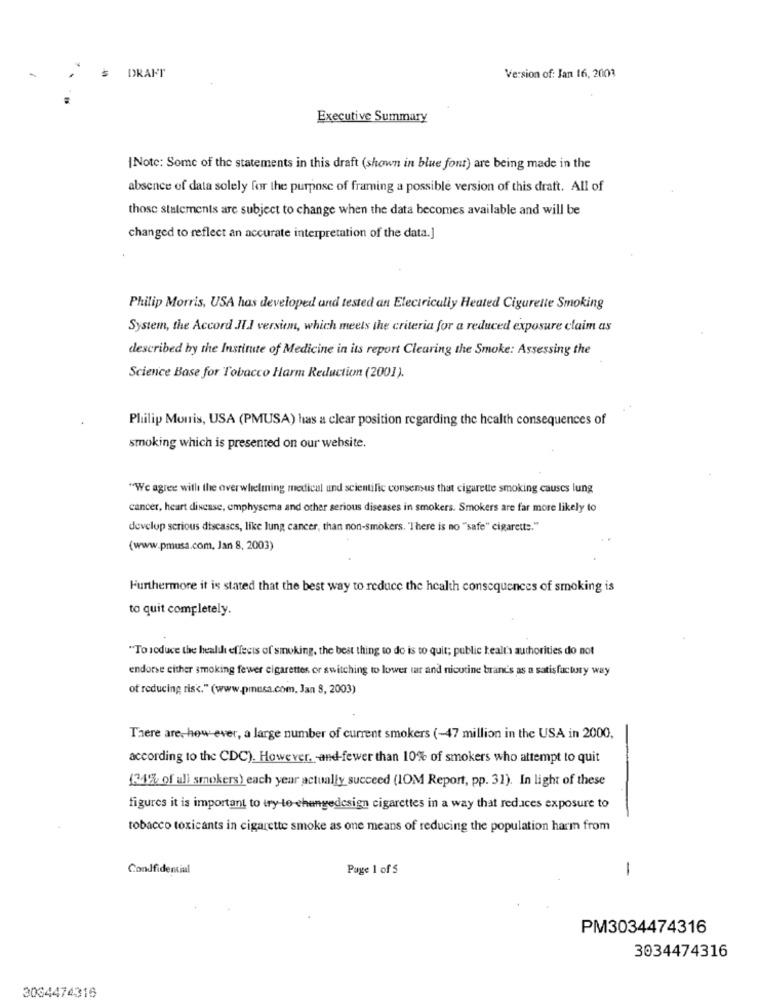
DRAFT
Version of: Jan 16, 2001
Executive Summary
|Note: Some of the statements in this draft (shown in blue four) are being made in the
absence of data solely for the purpose of framing a possible version of this draft. All of
those statements are subject to change when the data becomes available and will be
changed to reflect an accurate interpretation of the data.]
Philip Morris, USA has developed and tested an Electrically Heated Cigarette Smoking
System, the Accord JU.I versiem, which meets the criteria for a reduced exposure claim as
described by the Institute of Medicine in its report Clearing the Smoke: Assessing the
Science Base for Tobacco Harm Reduction (2001).
Philip Morris, USA (PMUSA) has a clear position regarding the health consequences of
smoking which is presented on our website.
"We agree with the overwhelming medical und scientific consensus that cigarette smoking causes lung
cancer, heart disease, emphysema and other serious diseases in smokers. Smokers are far more likely to
develop serious diseases, like lung cancer, than non-smokers. "There is no "safe" cigarette."
(www.pmusa.com, Jan 8, 2003)
Furthermore it is stated that the best way to reduce the health consequences of smoking is
to quit completely.
"To reduce the health effects of smoking, the best thing to do is to quit; public tealt's authorities do not
endorse either smoking fewer cigarettes or switching to lower tar and nicotine brand's as a satisfactory way
of reducing risc." (www.pmusa.com, Jan 8, 2003)
There are, how ever, a large number of current smokers (-47 million in the USA in 2000,
according to the CDC). However. - and-fewer than 10% of smokers who attempt to quit
(21% of all smokers) each year actually succeed (IOM Report, pp. 31). In light of these
figures it is important to try to changedesign cigarettes in a way that reduces exposure to
-
tobacco toxicants in cigarette smoke as one means of reducing the population harm from
Condfidencial
Page 1 of 5
1
PM3034474316
3034474316
3034474316